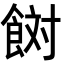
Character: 𩛜